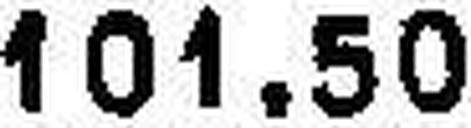
101.50